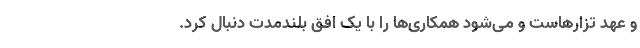
و عهد تزار‌هاست و می‌شود همکاری‌ها را با یک افق بلندمدت دنبال کرد.